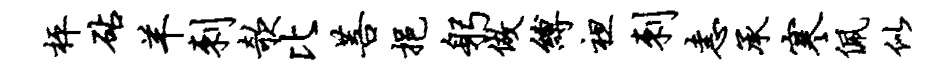
枰砧羊刺欹比菩挹躬做缚袒刺恚承寒佩似